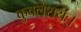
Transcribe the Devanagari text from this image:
कुवलेशयः।